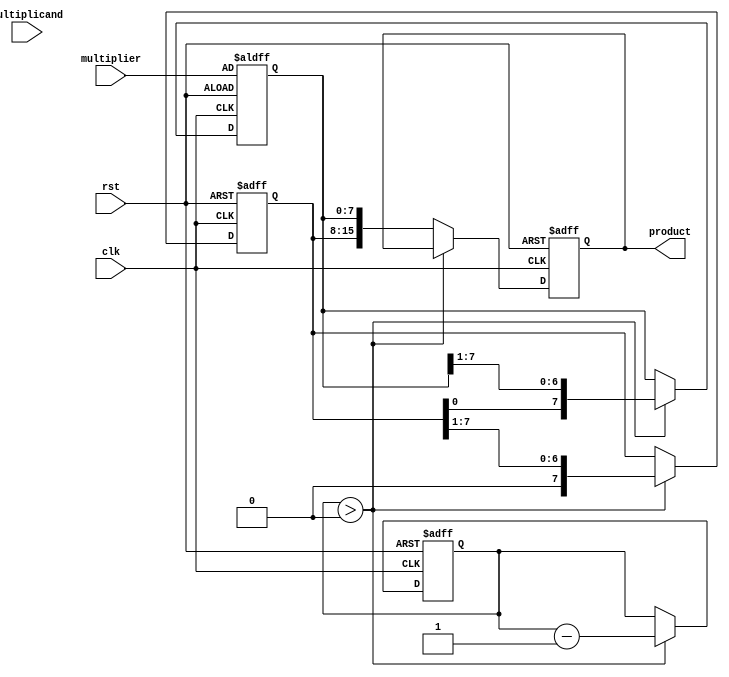
module booth_multiplier #(parameter WIDTH = 8) (
    input wire clk,
    input wire rst,
    input wire [WIDTH-1:0] multiplicand, // M
    input wire [WIDTH-1:0] multiplier,    // Q
    output reg [2*WIDTH-1:0] product      // A and Q combined
);

    reg [WIDTH-1:0] M;          // Multiplicand register
    reg [WIDTH-1:0] Q;          // Multiplier register
    reg [WIDTH-1:0] A;          // Accumulator
    reg Q_1;                    // Previous LSB of Q
    reg [3:0] count;            // Count for iterations

    // Control logic
    always @(posedge clk or posedge rst) begin
        if (rst) begin
            A <= 0;
            Q <= multiplier;
            M <= multiplicand;
            Q_1 <= 0;
            count <= WIDTH; // Set count to the bit-width of the multiplier
            product <= 0;
        end else if (count > 0) begin
            // Check the combination of Q[0] and Q_1
            case ({Q[0], Q_1})
                2'b01: A <= A + M; // A = A + M
                2'b10: A <= A - M; // A = A - M
                default: ;          // Do nothing
            endcase

            // Arithmetic right shift
            {A, Q} <= {A, Q} >> 1; // Shift A and Q together
            Q_1 <= Q[0];           // Update Q_1 with the previous LSB of Q
            count <= count - 1;    // Decrement the count
        end else begin
            product <= {A, Q};      // Concatenate A and Q for the final product
        end
    end
endmodule